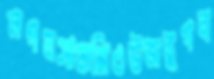
লগনসামান্সিওউজবুগন